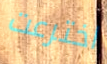
اخترعت